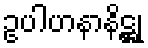
ဥပါဟနာနိဋ္ဌု